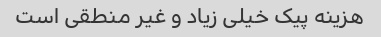
هزینه پیک خیلی زیاد و غیر منطقی است